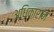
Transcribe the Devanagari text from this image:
अधिकारानं